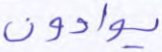
يوادون